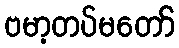
ဗမာ့တပ်မတော်